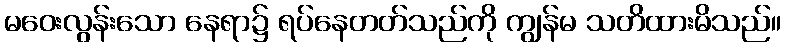
မဝေးလွန်းသော နေရာ၌ ရပ်နေတတ်သည်ကို ကျွန်မ သတိထားမိသည်။